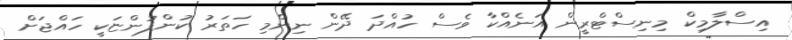
އިސްލާމިކް މިނިސްޓްރީން އަނެއްކާ ވެސް ހުއްދަ ދޭން ނިންމި ހަތަރު ކުންފުންޏަކީ ހައްޖަށް